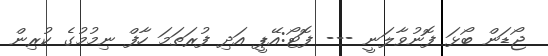
ޖޯޑަން ބޯޅަ ފޮނުވާލަނީ --- ފޮޓޯ:އޭޕީ އަދި ފުރަތަމަ ހާފް ނިމުމުގެ ކުރިން